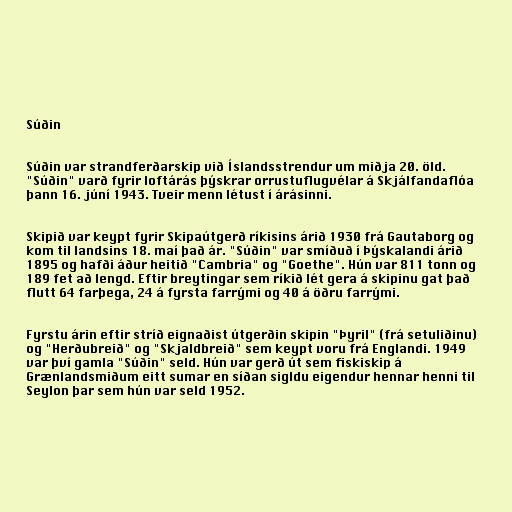
Súðin

Súðin var strandferðarskip við Íslandsstrendur um miðja 20. öld.
"Súðin" varð fyrir loftárás þýskrar orrustuflugvélar á Skjálfandaflóa
þann 16. júní 1943. Tveir menn létust í árásinni.

Skipið var keypt fyrir Skipaútgerð ríkisins árið 1930 frá Gautaborg og
kom til landsins 18. maí það ár. "Súðin" var smíðuð í Þýskalandi árið
1895 og hafði áður heitið "Cambria" og "Goethe". Hún var 811 tonn og
189 fet að lengd. Eftir breytingar sem ríkið lét gera á skipinu gat það
flutt 64 farþega, 24 á fyrsta farrými og 40 á öðru farrými.

Fyrstu árin eftir stríð eignaðist útgerðin skipin "Þyril" (frá setuliðinu)
og "Herðubreið" og "Skjaldbreið" sem keypt voru frá Englandi. 1949
var því gamla "Súðin" seld. Hún var gerð út sem fiskiskip á
Grænlandsmiðum eitt sumar en síðan sigldu eigendur hennar henni til
Seylon þar sem hún var seld 1952.